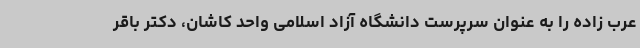
عرب زاده را به عنوان سرپرست دانشگاه آزاد اسلامی واحد کاشان، دکتر باقر